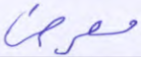
معرض